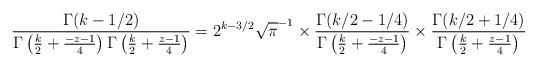
LaTeX: \begin{align*}\frac{\Gamma(k-1/2)}{\Gamma\left(\tfrac{k}{2}+\tfrac{-z-1}{4}\right)\Gamma\left(\tfrac{k}{2}+\tfrac{z-1}{4}\right)}=2^{k-3/2}\sqrt{\pi}^{-1}\times \frac{\Gamma(k/2-1/4)}{\Gamma\left(\tfrac{k}{2}+\tfrac{-z-1}{4}\right)}\times \frac{\Gamma(k/2+1/4)}{\Gamma\left(\tfrac{k}{2}+\tfrac{z-1}{4}\right)}\end{align*}